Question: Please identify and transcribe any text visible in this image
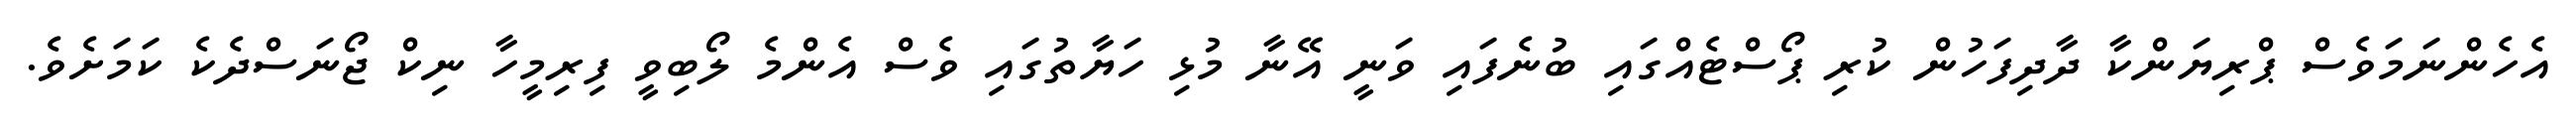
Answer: އެހެންނަމަވެސް ޕްރިޔަންކާ ދާދިފަހުން ކުރި ޕޯސްޓެއްގައި ބުނެފައި ވަނީ އޭނާ މުޅި ހަޔާތުގައި ވެސް އެންމެ ލޯބިވީ ފިރިމީހާ ނިކް ޖޯނަސްދެކެ ކަމަށެވެ.